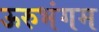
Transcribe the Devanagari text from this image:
ऊरुभंगम